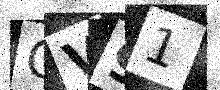
Text: OV91